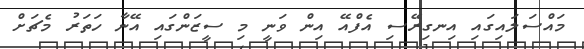
މައްސަލައިގައި އިނގިރޭސި އެފްއޭ އިން ވަނީ މި ސީޒަންގައި އޭނާ ހަތަރު މެޗަށް